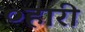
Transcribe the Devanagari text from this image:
०हारी